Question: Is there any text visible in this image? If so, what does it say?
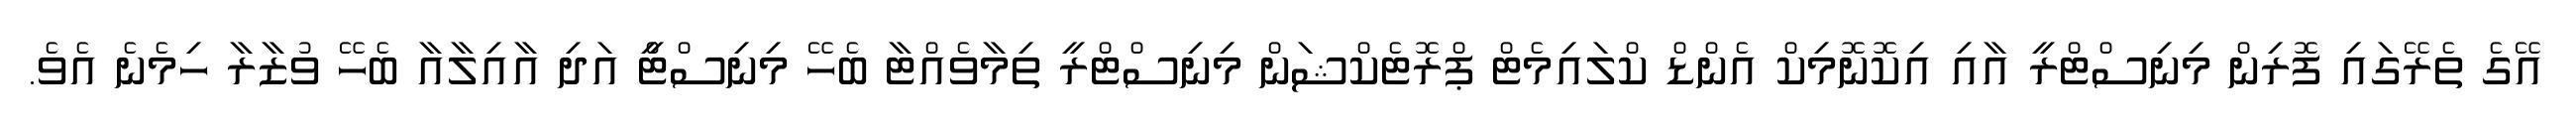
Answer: އޭގެ ތެރޭގައި ފޮރިން މިނިސްޓްރީ އާއި އިކޮނޮމިކް އެންޑް ކްލައިމެޓް ޕްރޮޓެކްޝަން މިނިސްޓްރީ ތިމާވެއްޓާ ބެހޭ މިނިސްޓްީ އަދި އާއިލާއާ ބެހޭ ވުޒާރާ ހިމެނެ އެވެ.